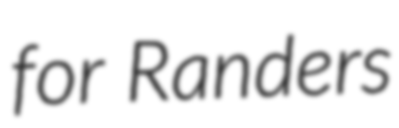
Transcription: for Randers